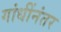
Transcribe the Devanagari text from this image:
गांधींनंतर